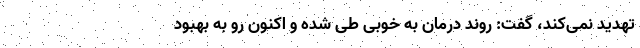
تهدید نمی‌کند، گفت: روند درمان به خوبی طی شده و اکنون رو به بهبود